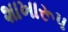
શાખારૂપ